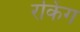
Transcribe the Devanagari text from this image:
रकिंग